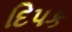
દિપક